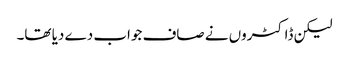
لیکن ڈاکٹروں نے صاف جواب دے دیا تھا۔